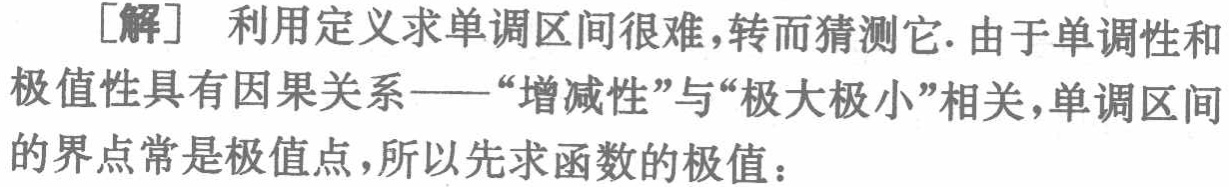
[解] 利用定义求单调区间很难,转而猜测它. 由于单调性和极值性具有因果关系——“增减性”与“极大极小”相关,单调区间的界点常是极值点,所以先求函数的极值：